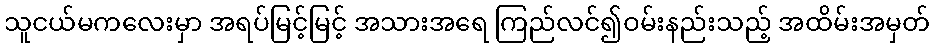
သူငယ်မကလေးမှာ အရပ်မြင့်မြင့် အသားအရေ ကြည်လင်၍ဝမ်းနည်းသည့် အထိမ်းအမှတ်